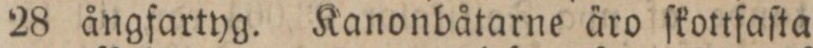
28 ångfartyg. Kanonbåtarne äro ſkottfaſta